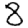
Digit: 8